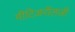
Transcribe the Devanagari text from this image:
मीटिअरॉलजी